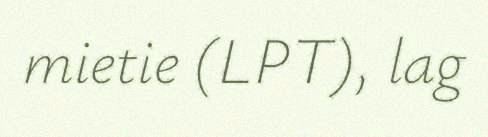
mietie (LPT), lag